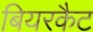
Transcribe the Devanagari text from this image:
बियरकैट